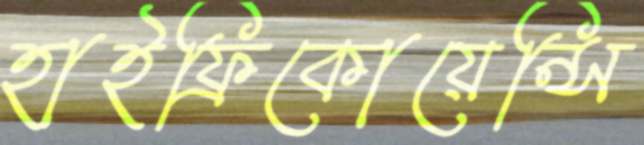
হাইফ্রিকোয়েন্সি